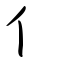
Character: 亻